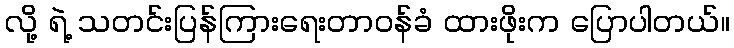
လို့ ရဲ့ သတင်းပြန်ကြားရေးတာဝန်ခံ ထားဖိုးက ပြောပါတယ်။